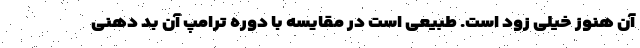
آن هنوز خیلی زود است. طبیعی است در مقایسه با دوره ترامپ آن بد دهنی